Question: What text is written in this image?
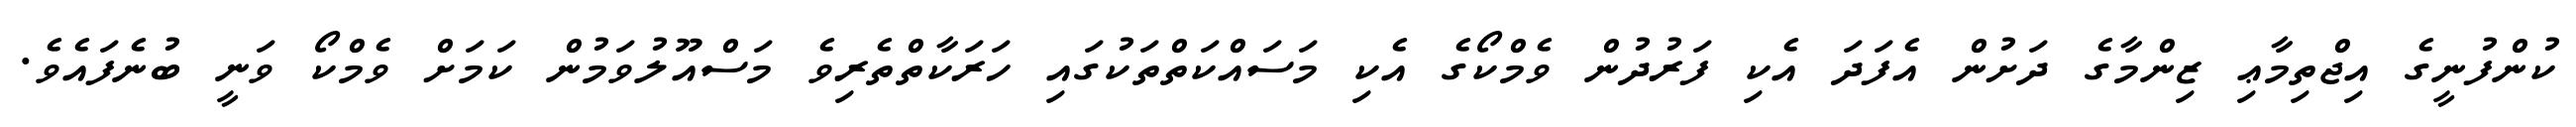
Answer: ކުންފުނީގެ އިޖްތިމާޢި ޒިންމާގެ ދަށުން އެފަދަ އެކި ފަރުދުން ވެމްކޯގެ އެކި މަސައްކަތްތަކުގައި ހަރަކާތްތެރިވެ މަސްއޫލުވަމުން ކަމަށް ވެމްކޯ ވަނީ ބުނެފައެވެ.